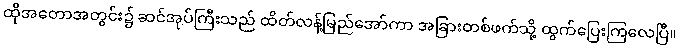
ထိုအတောအတွင်း၌ ဆင်အုပ်ကြီးသည် ထိတ်လန့်မြည်အော်ကာ အခြားတစ်ဖက်သို့ ထွက်ပြေးကြလေပြီ။